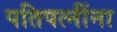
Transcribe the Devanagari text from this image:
पतिपत्‍नींना